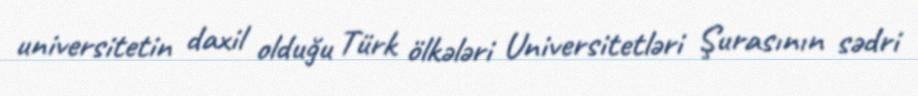
universitetin daxil olduğu Türk ölkələri Universitetləri Şurasının sədri